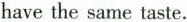
have the same taste.